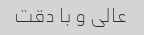
عالی و با دقت